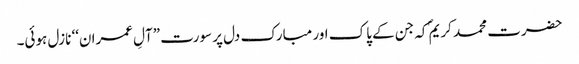
حضرت محمد کریمؐ کہ جن کے پاک اور مبارک دل پر سورت ”آلِ عمران‘‘ نازل ہوئی۔